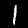
Label: 1